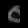
Digit: ၀